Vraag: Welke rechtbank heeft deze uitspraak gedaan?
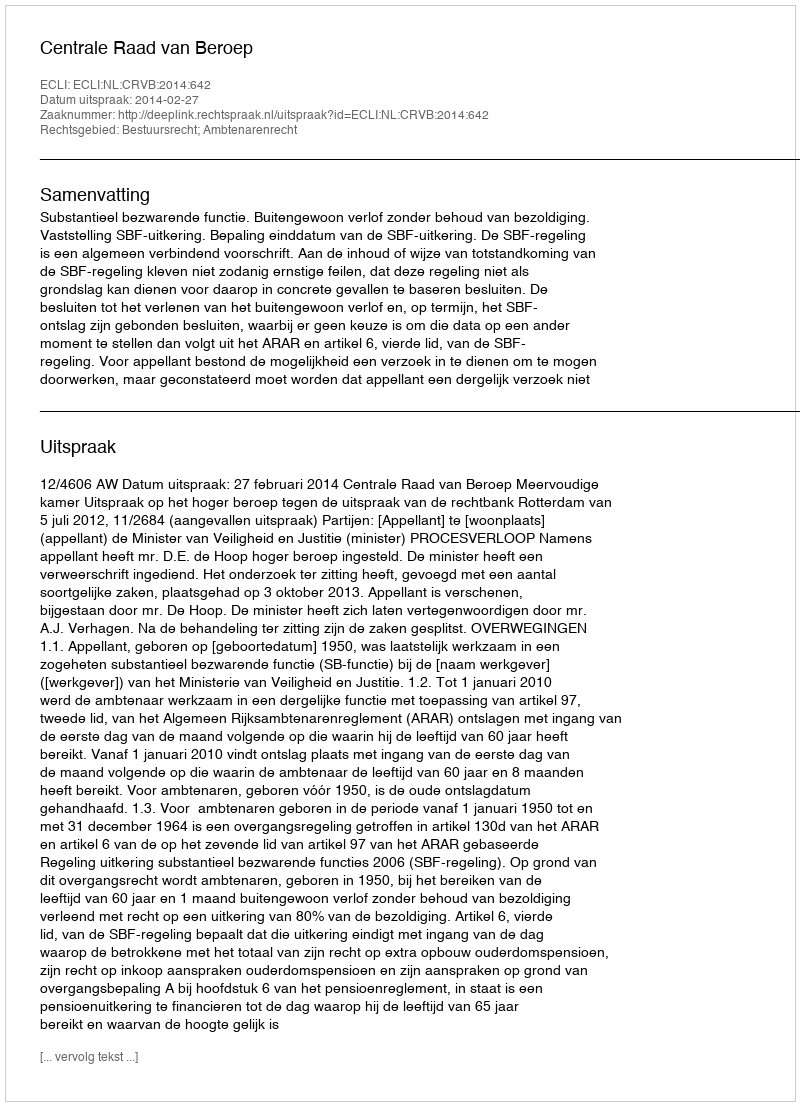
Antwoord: Centrale Raad van Beroep